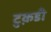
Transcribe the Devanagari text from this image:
टुक़डी